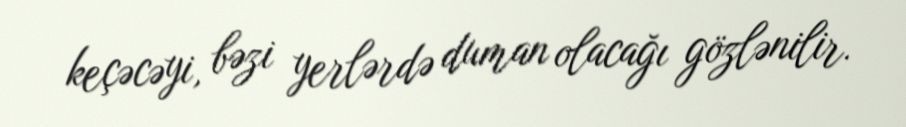
keçəcəyi, bəzi yerlərdə duman olacağı gözlənilir.